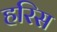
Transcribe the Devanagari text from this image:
हरिस